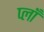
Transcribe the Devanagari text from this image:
प्लाँ